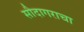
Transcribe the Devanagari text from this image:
सौदागराचा